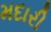
મદારી